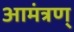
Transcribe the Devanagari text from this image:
आमंत्रण्